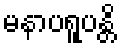
မနာပရူပန္တိ